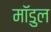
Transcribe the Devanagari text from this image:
मॉडुल